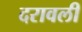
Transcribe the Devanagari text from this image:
दरावली